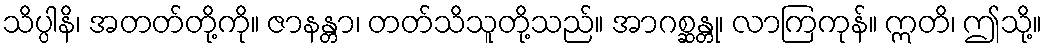
သိပ္ပါနိ၊ အတတ်တို့ကို။ ဇာနန္တာ၊ တတ်သိသူတို့သည်။ အာဂစ္ဆန္တု၊ လာကြကုန်။ ဣတိ၊ ဤသို့။